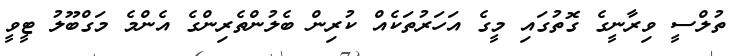
ތުލްސީ ވިރާނީގެ ގޮތުގައި މީގެ އަހަރުތަކެއް ކުރިން ބެލުންތެރިންގެ އެންމެ މަގްބޫލު ޓީވީ